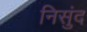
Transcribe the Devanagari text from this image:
निसुंद